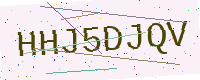
Text: HHJ5DJQV